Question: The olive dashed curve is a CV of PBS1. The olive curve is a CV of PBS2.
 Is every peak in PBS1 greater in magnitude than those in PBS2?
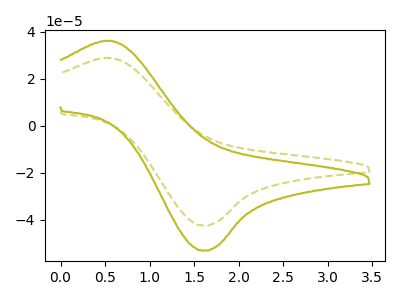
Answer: <think>The olive dashed curve "PBS1" has an anodic peak at (0.60V, 28.75uA) and a cathodic peak at (1.60V, -42.35uA). The olive curve "PBS2" has an anodic peak at (0.60V, 36.00uA) and a cathodic peak at (1.60V, -53.00uA).</think>
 <answer>Every peak in "PBS1" is lower than every peak in "PBS2".</answer>
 <eval>lower</eval>